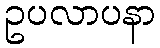
ဥပလာပနာ